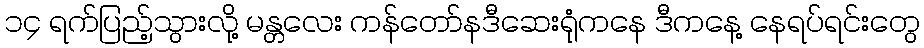
၁၄ ရက်ပြည့်သွားလို့ မန္တလေး ကန်တော်နဒီဆေးရုံကနေ ဒီကနေ့ နေရပ်ရင်းတွေ